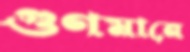
গুণমানে